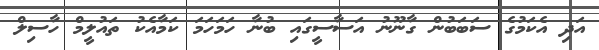
އަދި އެކަމުގެ ސަބަބުން ގާނޫނު އަސާސީގައި ބުނާ ހަމަހަމަ ކަމާއެކު ތައުލީމް ހާސިލް